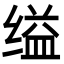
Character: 缢